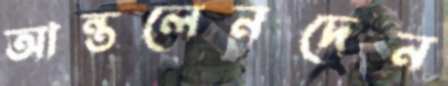
আন্তলেনদেন